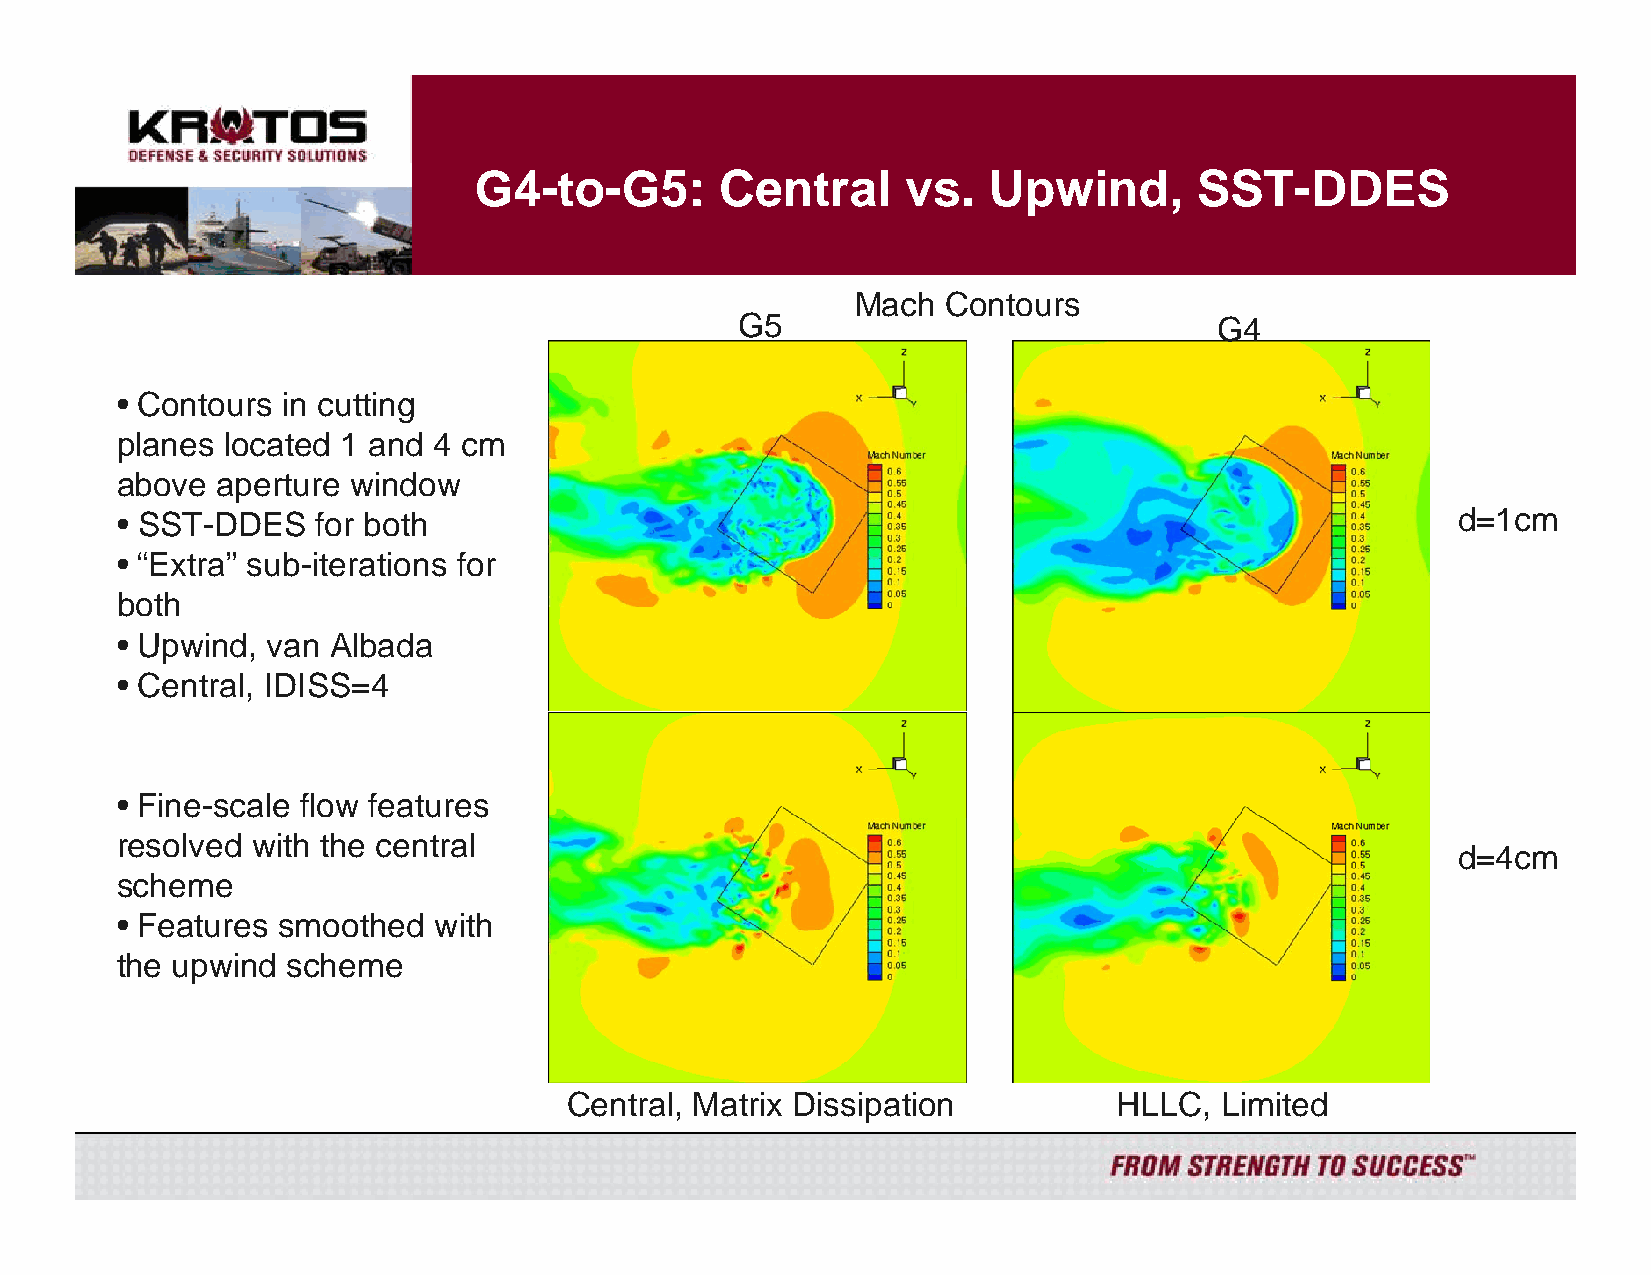
G4-to-G5:        Central     vs.  Upwind,       SST-DDES
 Mach  Contours
 G5                              G4
 • Contours in cutting
 planes located 1 and 4 cm
 above aperture window
 • SST-DDES   for both                                                                   d=1cm
 • “Extra” sub-iterations for
 both
 • Upwind, van Albada
 • Central, IDISS=4
 • Fine-scale flow features
 resolved with the central
 d=4cm
 scheme
 • Features smoothed  with
 the upwind scheme
 Central, Matrix Dissipation         HLLC,  Limited